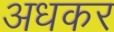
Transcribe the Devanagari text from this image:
अधकर